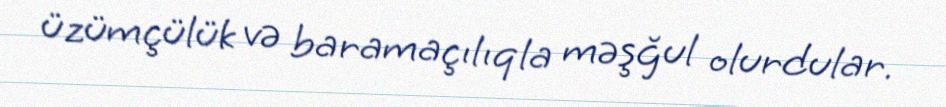
üzümçülük və baramaçılıqla məşğul olurdular.